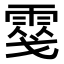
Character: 𩃢